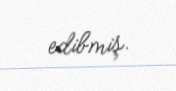
edibmiş.